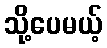
သို့ပေမယ့်